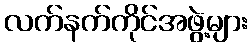
လက်နက်ကိုင်အဖွဲ့များ